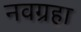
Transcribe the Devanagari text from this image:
नवग्रहा